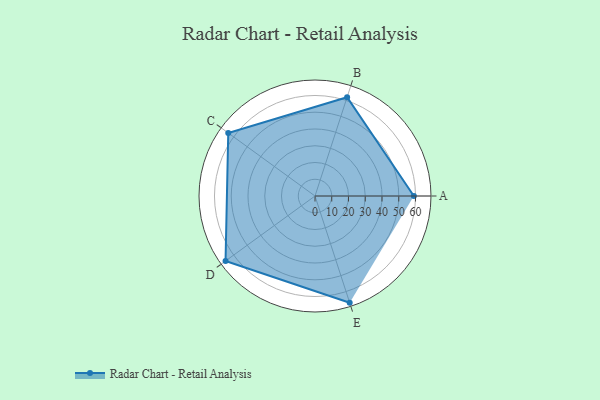
{"axis": {"x": "Skill", "y": "Score"}, "legend": ["Profile"], "data": [{"x": "A", "y": 59.0, "type": "Profile"}, {"x": "B", "y": 62.0, "type": "Profile"}, {"x": "C", "y": 64.0, "type": "Profile"}, {"x": "D", "y": 66.0, "type": "Profile"}, {"x": "E", "y": 67.0, "type": "Profile"}]}